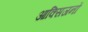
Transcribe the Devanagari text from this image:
आक्सिजनों